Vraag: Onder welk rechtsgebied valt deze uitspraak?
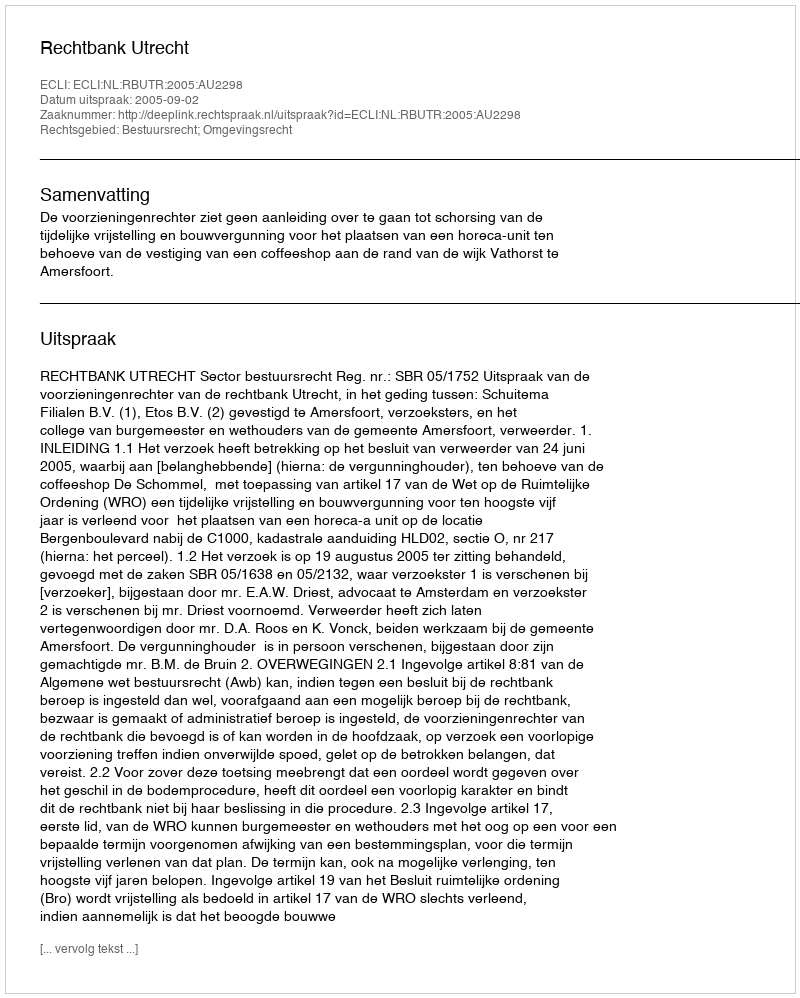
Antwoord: Bestuursrecht; Omgevingsrecht